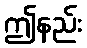
ဤနည်း